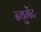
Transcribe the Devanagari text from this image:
न्युगेंट